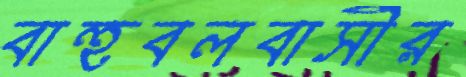
বাহুবলবাসীর